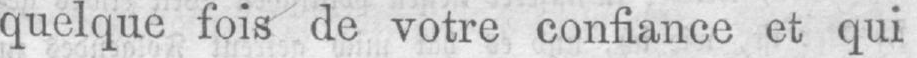
quelque fois de votre confiance et qui